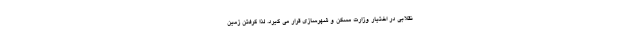
نقلابی در اختیار وزارت مسکن و شهرسازی قرار می گیرد. لذا گرفتن زمین